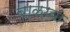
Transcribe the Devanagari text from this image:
बाळाबा